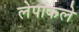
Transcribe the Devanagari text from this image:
लेपाकले